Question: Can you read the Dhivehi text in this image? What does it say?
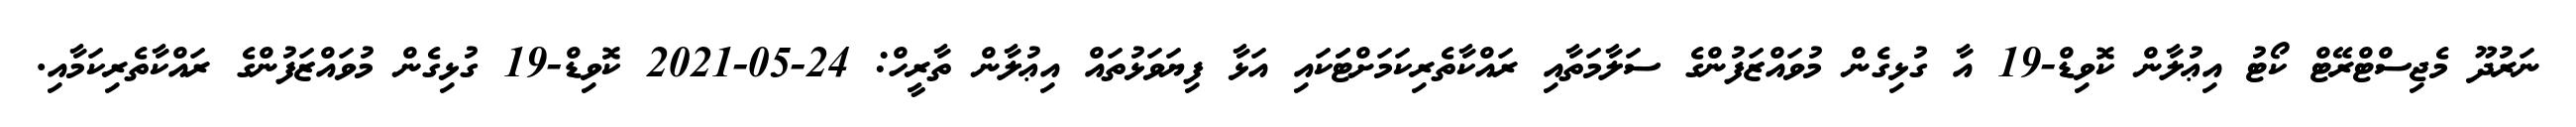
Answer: ނަރުދޫ މެޖިސްޓްރޭޓް ކޯޓު އިޢުލާން ކޮވިޑް-19 އާ ގުޅިގެން މުވައްޒަފުންގެ ސަލާމަތާއި ރައްކާތެރިކަމަށްޓަަކައި އަޅާ ފިޔަވަޅުތައް އިޢުލާން ތާރީހް: 24-05-2021 ކޮވިޑް-19 ގުޅިގެން މުވައްޒަފުންގެ ރައްކާތެރިކަމާއި.